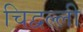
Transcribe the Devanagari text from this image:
चिद्वल्ली